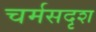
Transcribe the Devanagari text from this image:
चर्मसदृश